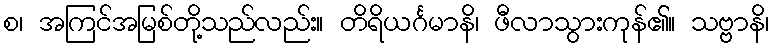
စ၊ အကြင်အမြစ်တို့သည်လည်း။ တိရိယင်္ဂမာနိ၊ ဖီလာသွားကုန်၏။ သဗ္ဗာနိ၊